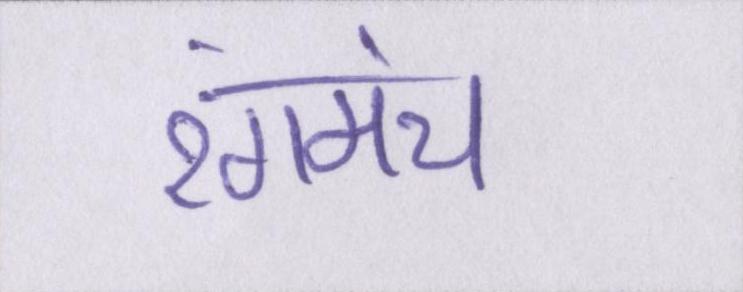
रंगमंच